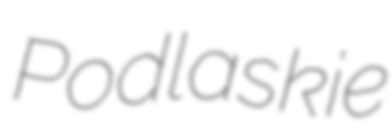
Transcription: Podlaskie